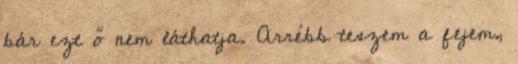
bár ezt ő nem láthatja. Arrébb teszem a fejem,